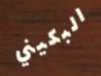
البكيني